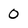
Character: 0